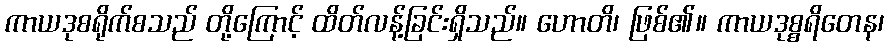
ကာယဒုစရိုက်စသည် တို့ကြောင့် ထိတ်လန့်ခြင်းရှိသည်။ ဟောတိ၊ ဖြစ်၏။ ကာယဒုစ္စရိတေန၊